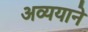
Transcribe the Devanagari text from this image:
अव्ययाने